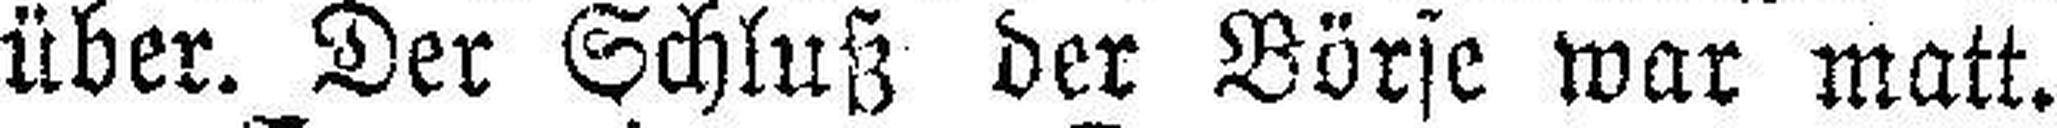
über. Der Schluß der Börse war matt.